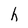
Character: h